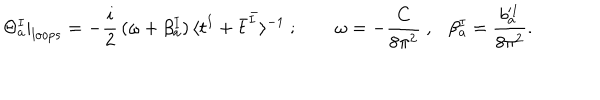
\Theta _ { a } ^ { I } | _ { l o o p s } = - \frac { i } { 2 } \, ( \omega + \beta _ { a } ^ { I } ) \, \langle t ^ { I } + \bar { t } ^ { \bar { I } } \rangle ^ { - 1 } ~ ; { } ~ ~ \omega = - \frac { C } { 8 \pi ^ { 2 } } ~ , \beta _ { a } ^ { I } = \frac { b _ { a } ^ { I } } { 8 \pi ^ { 2 } } .